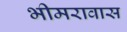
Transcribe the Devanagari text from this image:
भीमरावास